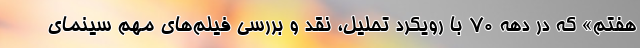
هفتم» که در دهه 70 با رویکرد تحلیل، نقد و بررسی فیلم‌های مهم سینمای